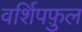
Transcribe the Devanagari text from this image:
वर्शिपफ़ुल